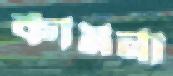
কামনা